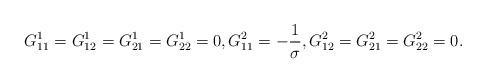
LaTeX: \begin{align*}G_{11}^{1}=G_{12}^{1}=G_{21}^{1}=G_{22}^{1}=0,G_{11}^{2}=-\frac{1}{\sigma },G_{12}^{2}=G_{21}^{2}=G_{22}^{2}=0.\end{align*}